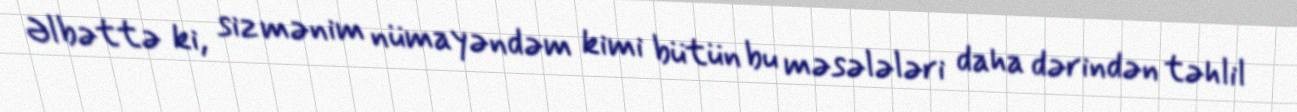
Əlbəttə ki, siz mənim nümayəndəm kimi bütün bu məsələləri daha dərindən təhlil